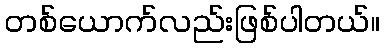
တစ်ယောက်လည်းဖြစ်ပါတယ်။